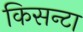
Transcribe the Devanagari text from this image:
किसन्टा